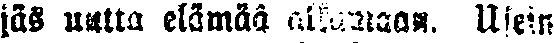
jäs uutta elämää alkamaan. Usein